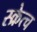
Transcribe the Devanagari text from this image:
स्क्रेत्च